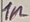
Text: 1n